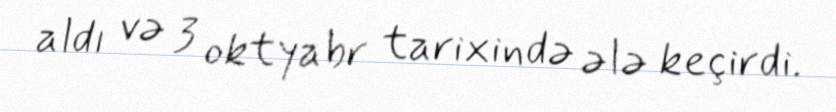
aldı və 3 oktyabr tarixində ələ keçirdi.